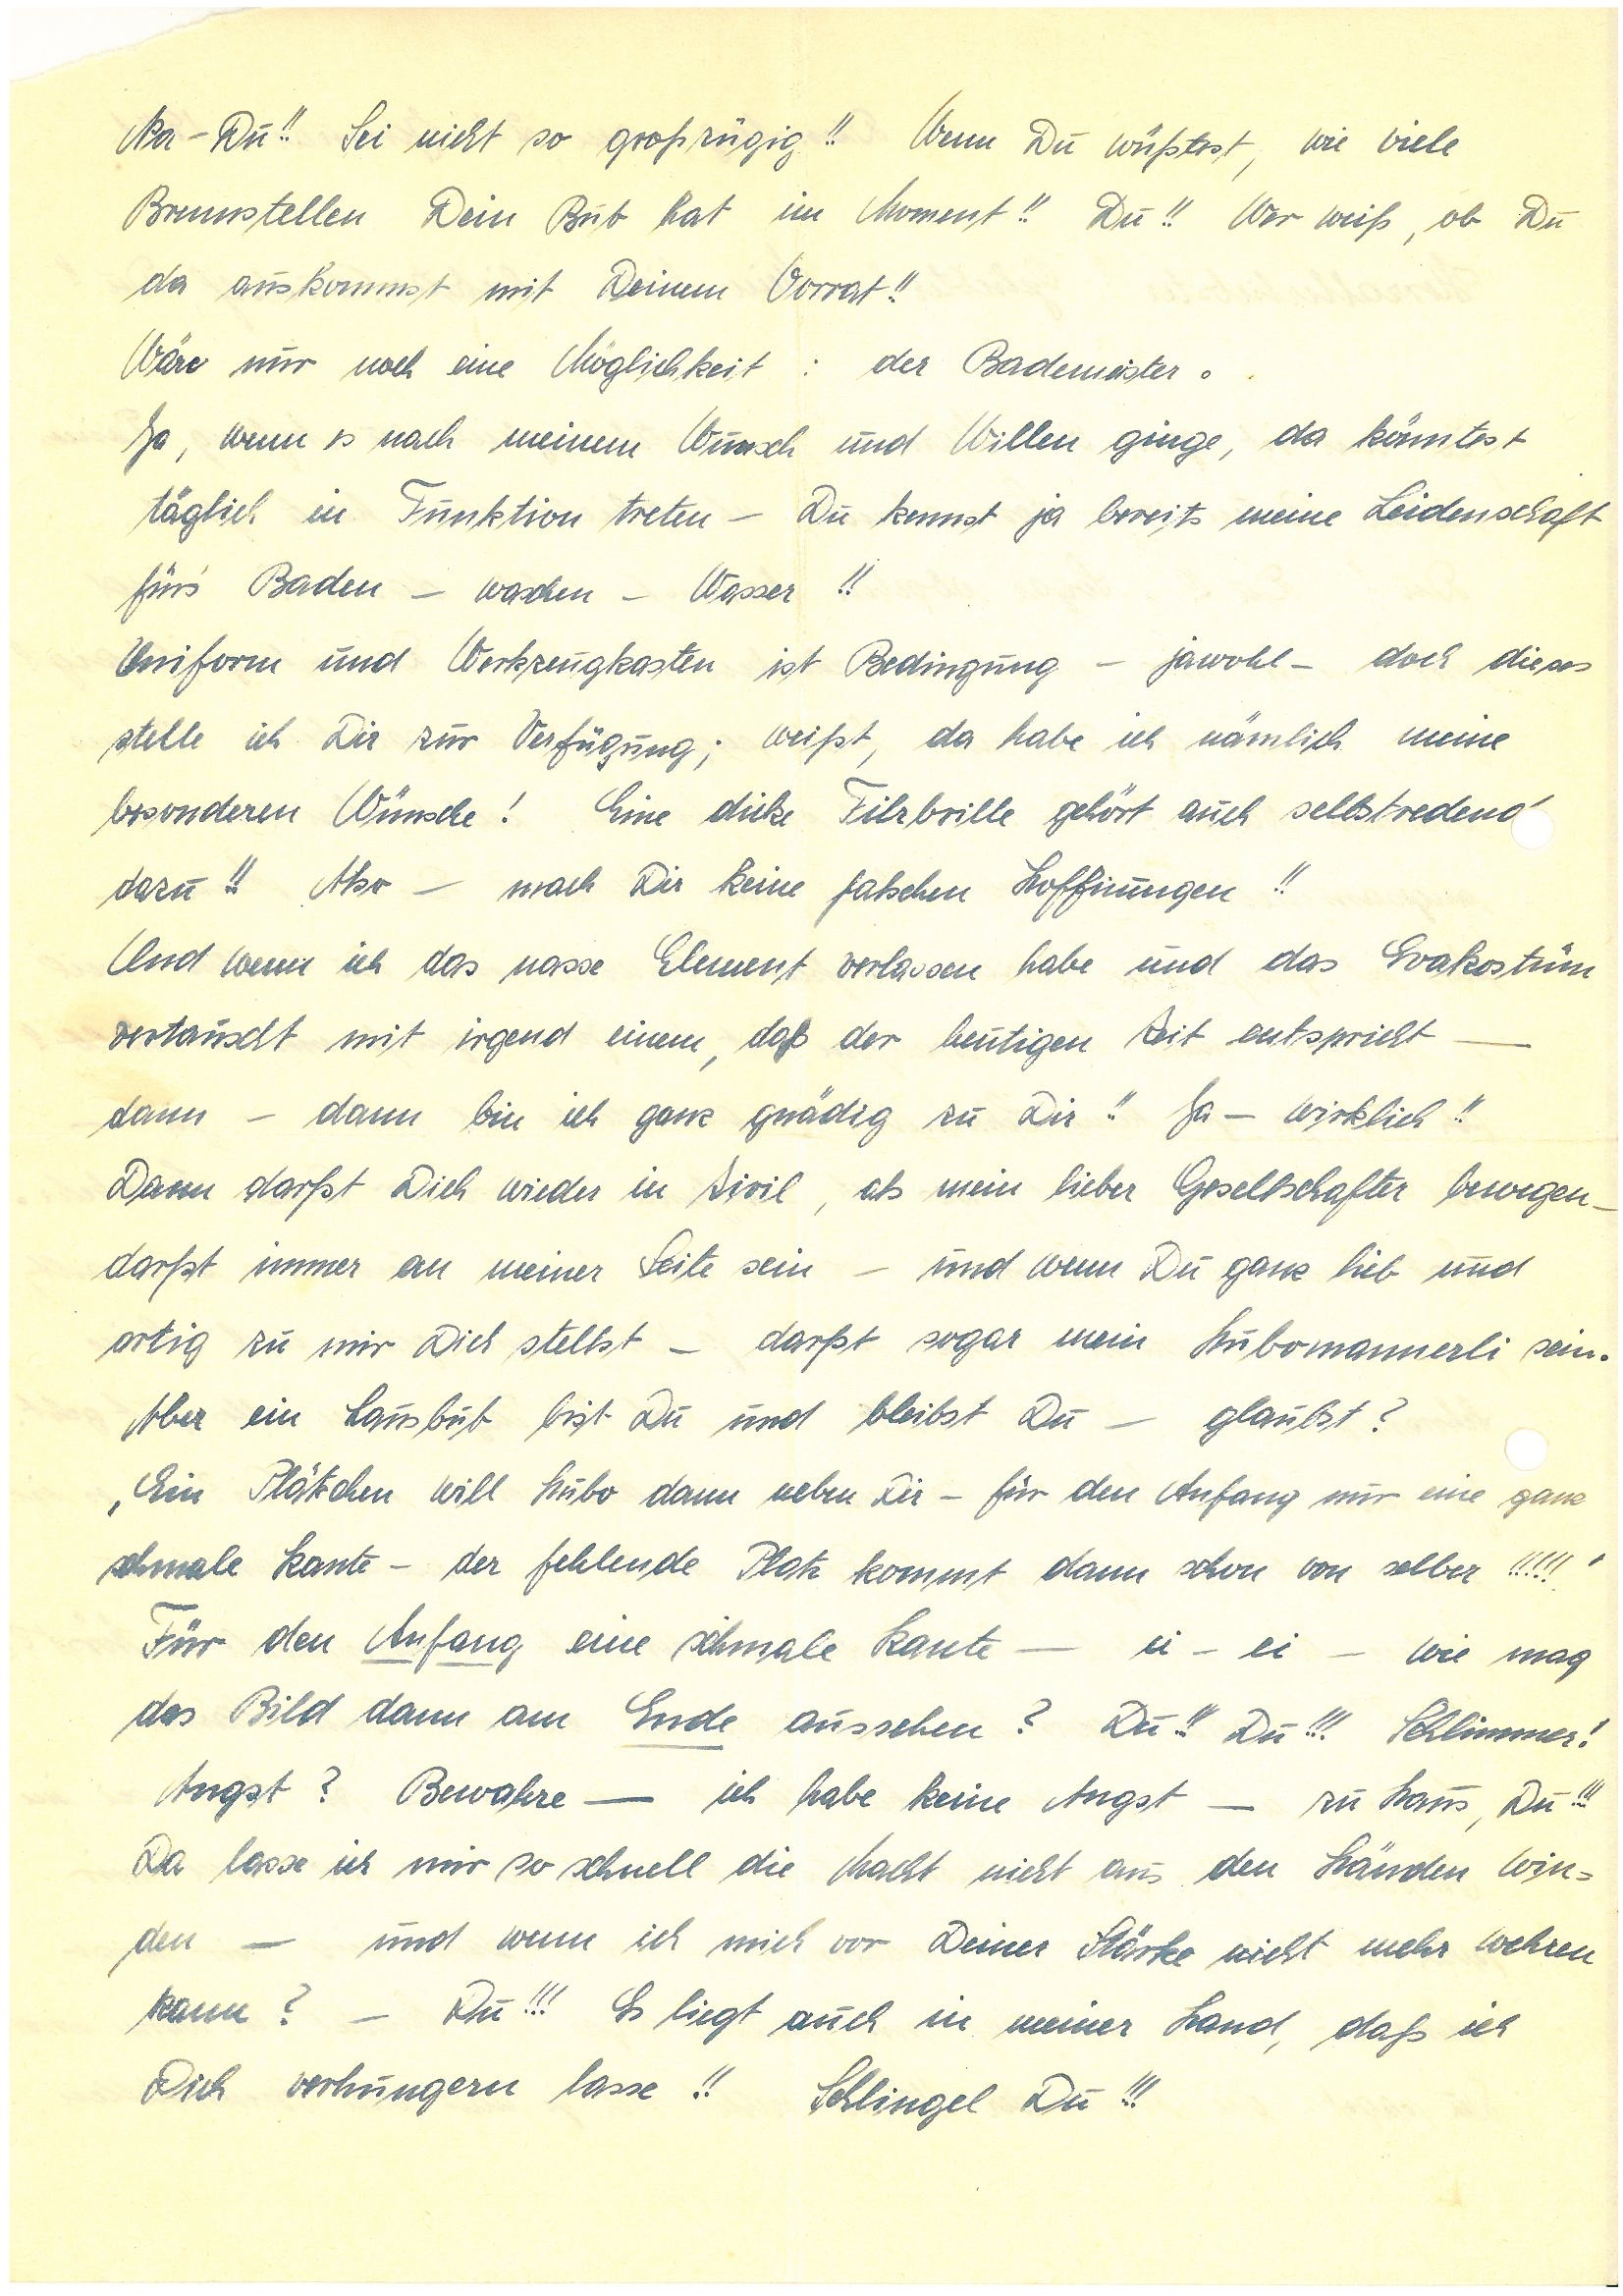
Na – Du!! Sei nicht so großzügig!! Wenn Du wüßtest, wie viele
Brennstellen Dein Bub hat im Moment!! Du!! Wer weiß, ob Du
da auskommst mit Deinem Vorrat!!
Wäre nur noch eine Möglichkeit: Der Bademeister.
Ja, wenn es nach meinem Wunsch und Willen ginge, da könntest
täglich in Funktion treten – Du kennst ja bereits meine Leidenschaft
für’s Baden – waschen – Wasser!!
Uniform und Werkzeugkasten ist Bedingung – jawohl – doch dieses
stelle ich Dir zur Verfügung; weißt, da habe ich nämlich meine
besonderen Wünsche! Eine dicke Filzbrille gehört auch selbstredend
dazu!! Also — mach Dir keine falschen Hoffnungen!!
Und wenn ich das nasse Element nun verlassen habe und das Evakostüm
vertauscht mit irgendeinem, das der heutigen Zeit entspricht —
dann – dann bin ich ganz gnädig zu Dir!! Ja – wirklich!!
Dann darfst Dich wieder in Zivil, als mein lieber Gesellschafter bewegen –
darfst immer an meiner Seite sein – und wenn Du ganz lieb und
artig zu mir Dich stellst – darfst sogar mein Hubomannerli sein.
Aber ein Lausbub bist Du und bleibst Du — Glaubst? ‚
Ein Plätzchen will Hubo dann neben Dir – für den Anfang nur eine ganz
schmale Kante – der fehlende Platz kommt dann schon von selber!!!!!’
Für den Anfang eine schmale Kante — ei – ei – wie mag
das Bild dann am Ende aussehen? Du!!! Du!!! Schlimmer!
Angst? Bewahre — ich habe keine Angst – zu Haus, Du!!!
Da lasse ich mir so schnell die Macht nicht aus den Händen win
den — und wenn ich mich vor deiner Stärke nicht mehr wehren
kann? – Du!!! Es liegt auch in meiner Hand, daß ich
Dich verhungern lasse!! Schlingel Du!!!